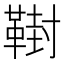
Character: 𩋮